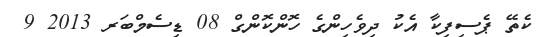
ކެތޭ ޕެސިފިކާ އެކު ދިވެހިންގެ ހޮންކޮންގް 08 ޑިސެމްބަރ 2013 9